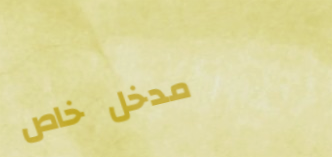
مدخل خاص